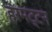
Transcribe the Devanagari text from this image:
हरमट्टन